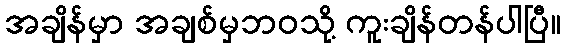
အချိန်မှာ အချစ်မှဘဝသို့ ကူးချိန်တန်ပါပြီ။